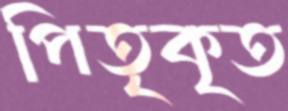
পিতৃকৃত